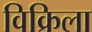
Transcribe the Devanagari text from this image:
विक्रिला